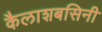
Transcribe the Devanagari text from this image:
कैलाशबसिनी